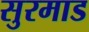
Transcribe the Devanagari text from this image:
सुरमाड